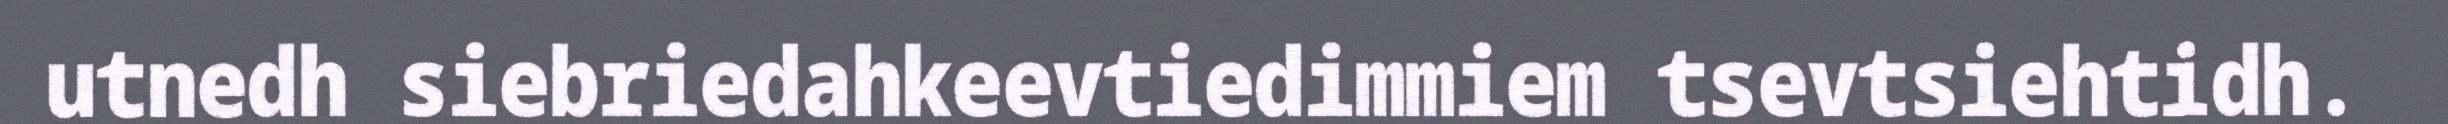
utnedh siebriedahkeevtiedimmiem tsevtsiehtidh.